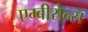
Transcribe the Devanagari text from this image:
एम्बीसेन्स